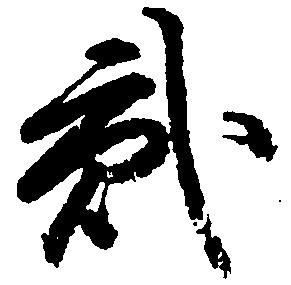
弐